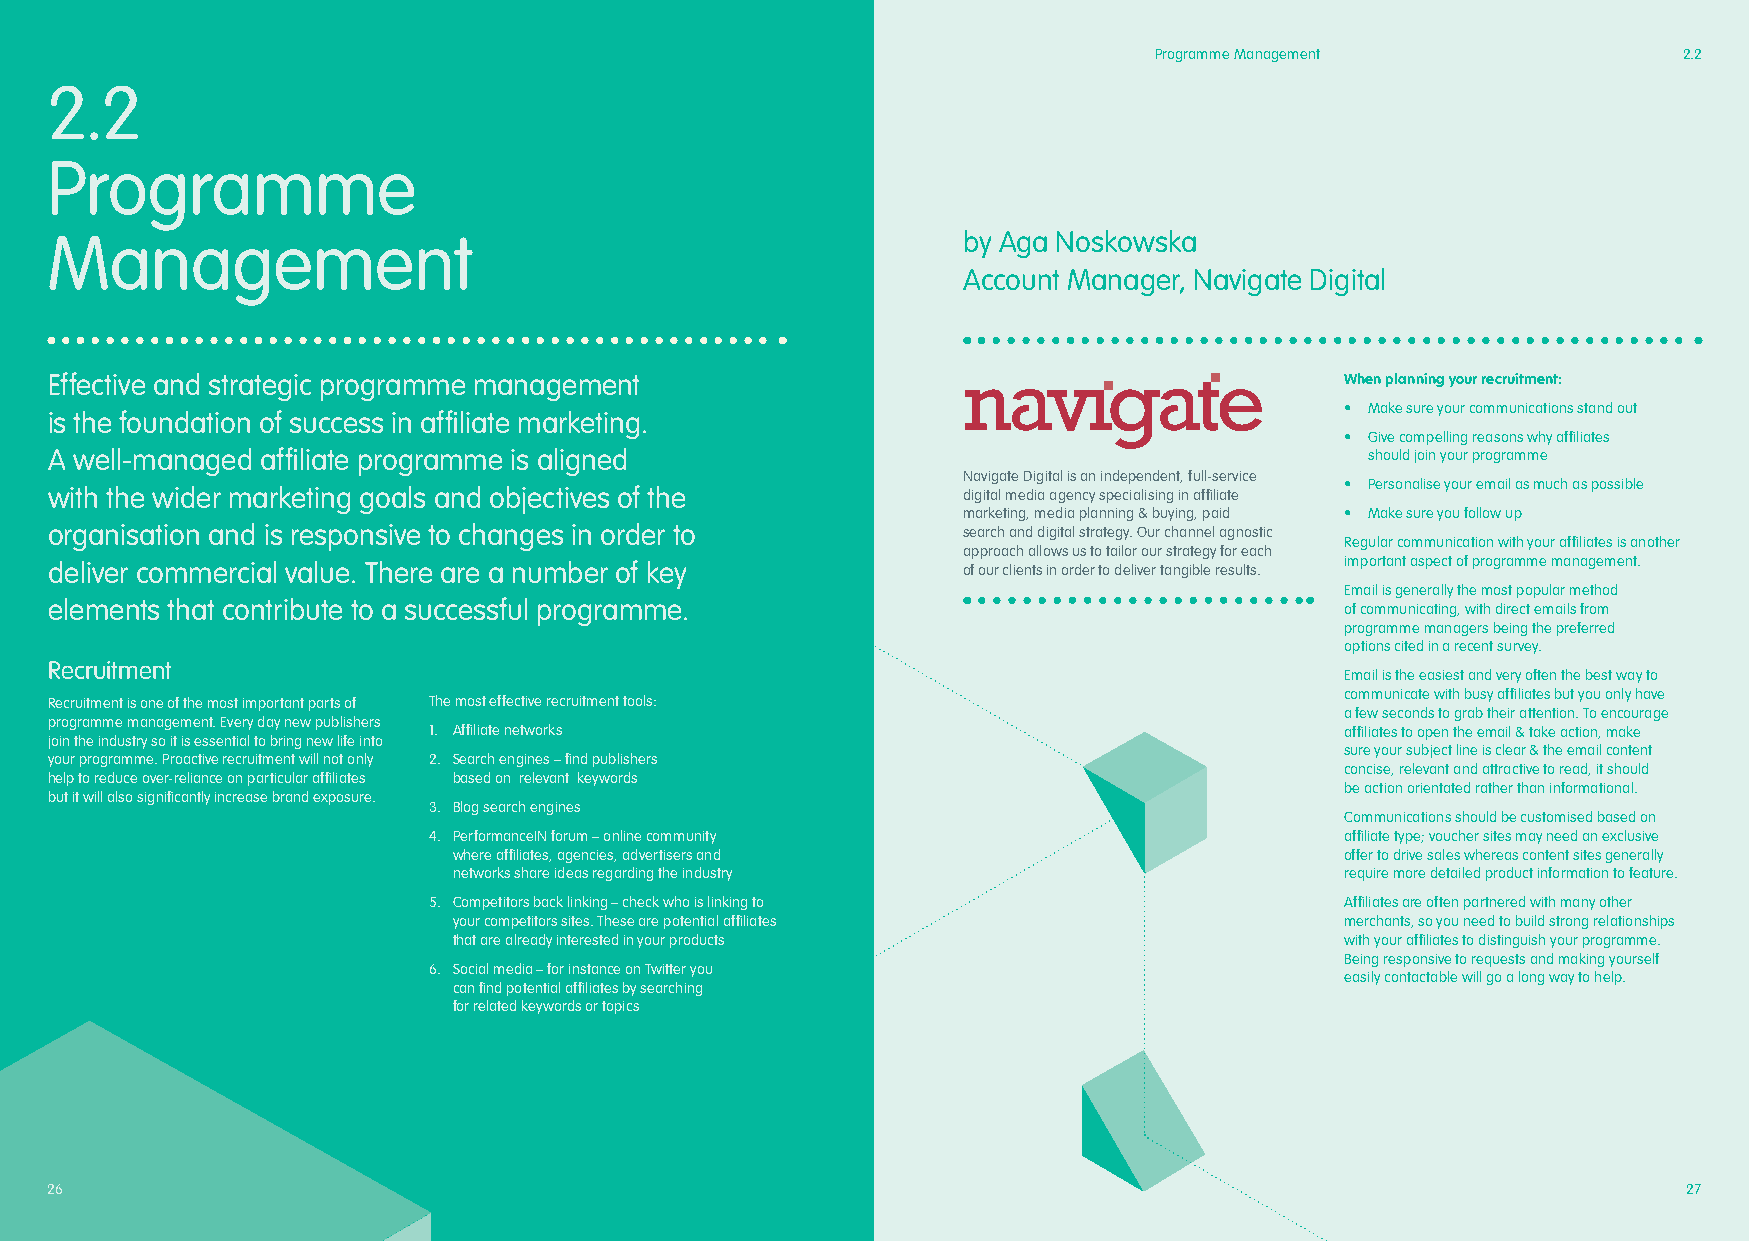
Programme Management               2.2
 2.2
 Programme
 Management                                                   by Aga Noskowska
 Account Manager, Navigate Digital
 Effective and strategic programme management                                          When planning your recruitment:
 • Make sure your communications stand out
 is the foundation of success in affiliate marketing.
 • Give compelling reasons why affiliates
 A well-managed affiliate programme is aligned                                           should join your programme
 Navigate Digital is an independent, full-service
 • Personalise your email as much as possible
 with the wider marketing goals and objectives of the         digital media agency specialising in affiliate
 marketing, media planning & buying, paid • Make sure you follow up
 organisation and is responsive to changes in order to        search and digital strategy. Our channel agnostic
 Regular communication with your affiliates is another
 approach allows us to tailor our strategy for each
 deliver commercial value. There are a number of key          of our clients in order to deliver tangible results. important aspect of programme management.
 Email is generally the most popular method
 elements that contribute to a successful programme.                                   of communicating, with direct emails from
 programme managers being the preferred
 options cited in a recent survey.
 Recruitment
 Email is the easiest and very often the best way to
 communicate with busy affiliates but you only have
 Recruitment is one of the most important parts of The most effective recruitment tools:
 a few seconds to grab their attention. To encourage
 programme management. Every day new publishers
 1. Affiliate networks                                        affiliates to open the email & take action, make
 join the industry so it is essential to bring new life into
 sure your subject line is clear & the email content
 your programme. Proactive recruitment will not only 2. Search engines – find publishers
 concise, relevant and attractive to read, it should
 help to reduce over-reliance on particular affiliates based on relevant keywords
 be action orientated rather than informational.
 but it will also significantly increase brand exposure.
 3. Blog search engines
 Communications should be customised based on
 4. PerformanceIN forum – online community                    affiliate type; voucher sites may need an exclusive
 where affiliates, agencies, advertisers and                offer to drive sales whereas content sites generally
 networks share ideas regarding the industry                require more detailed product information to feature.
 5. Competitors back linking – check who is linking to        Affiliates are often partnered with many other
 your competitors sites. These are potential affiliates     merchants, so you need to build strong relationships
 that are already interested in your products               with your affiliates to distinguish your programme.
 Being responsive to requests and making yourself
 6. Social media – for instance on Twitter you
 easily contactable will go a long way to help.
 can find potential affiliates by searching
 for related keywords or topics
 2266                                                                                                         27